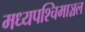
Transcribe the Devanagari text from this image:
मध्यपश्चिमाञ्चल